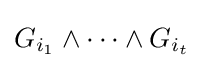
G_{i_{1}}\wedge \cdots \wedge G_{i_{t}}